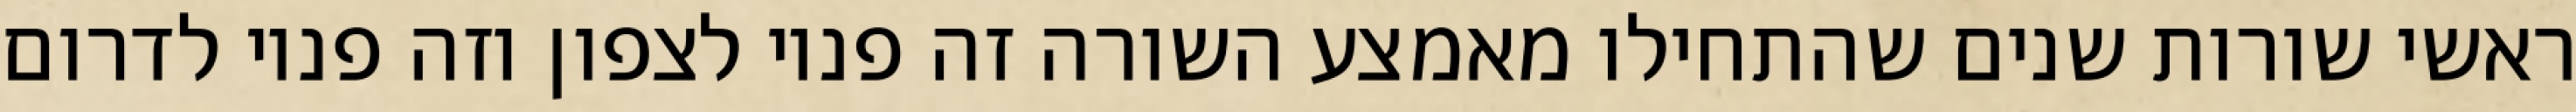
ראשי שורות שנים שהתחילו מאמצע השורה זה פניו לצפון וזה פניו לדרום